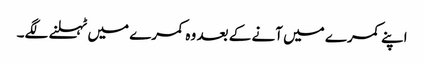
اپنے کمرے میں آنے کے بعد وہ کمرے میں ٹہلنے لگے۔